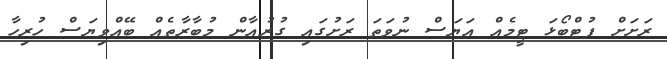
ރަށަށް ފުޓްބޯޅަ ޓީމެއް އަޔަސް ނުވަތަ ރަށުގައި ގުރުއާން މުބާރާތެއް ބޭއްވިޔަސް ހުރިހާ